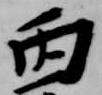
丙